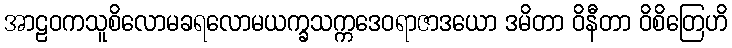
အာဠဝကသူစိလောမခရလောမယက္ခသက္ကဒေဝရာဇာဒယော ဒမိတာ ဝိနီတာ ဝိစိတြေဟိ